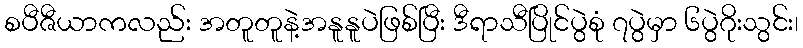
စပီဇီယာကလည်း အတူတူနဲ့အနူနူပဲဖြစ်ပြီး ဒီရာသီပြိုင်ပွဲစုံ ၇ပွဲမှာ ၆ပွဲဂိုးသွင်း၊